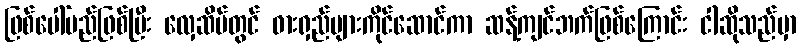
ဖြစ်ပေါ်မည်ဖြစ်ပြီး လှေဆိပ်တွင် ဓားရှည်များကိုင်ဆောင်ကာ ဆန့်ကျင်ဘက်ဖြစ်ကြောင်း ငါဆိုသည်မှာ